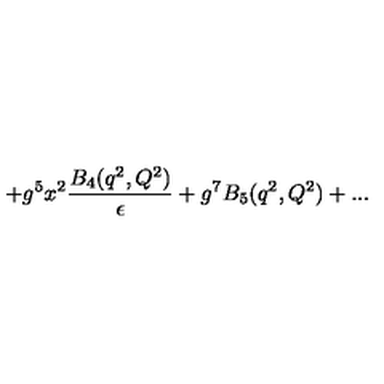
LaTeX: + g ^ { 5 } x ^ { 2 } { \frac { B _ { 4 } ( q ^ { 2 } , Q ^ { 2 } ) } { \epsilon } } + g ^ { 7 } B _ { 5 } ( q ^ { 2 } , Q ^ { 2 } ) + . . .